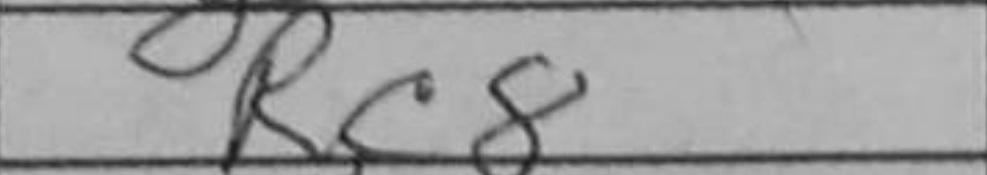
Transcription: Rc8